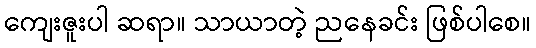
ကျေးဇူးပါ ဆရာ။ သာယာတဲ့ ညနေခင်း ဖြစ်ပါစေ။